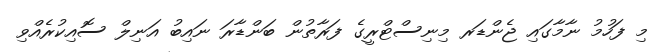
މި ފަހުމު ނާމާގައި ޖެންޑަރ މިނިސްޓްރީގެ ފަރާތުން ބަންޑާރަ ނައިބު އަނިލް ސޮއިކުރެއްވި